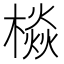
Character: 𱤙